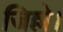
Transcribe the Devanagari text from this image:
जिल्ले।